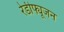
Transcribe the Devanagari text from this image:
रेडीफ्यूजन